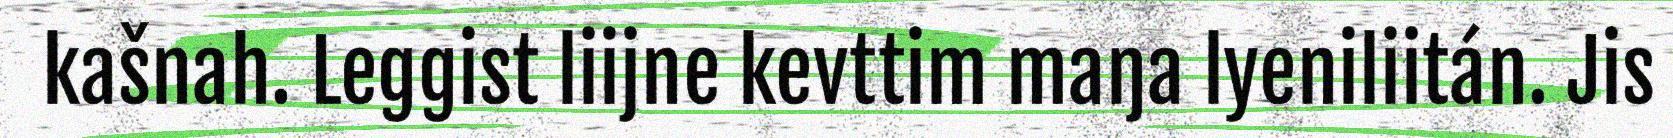
kašnah. Leggist liijne kevttim maŋa lyeniliitán. Jis